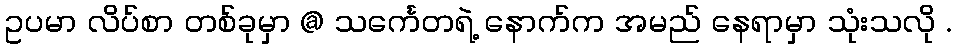
ဥပမာ လိပ်စာ တစ်ခုမှာ @ သင်္ကေတရဲ့ နောက်က အမည် နေရာမှာ သုံးသလို .